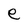
Character: e